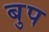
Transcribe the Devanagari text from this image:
बुप